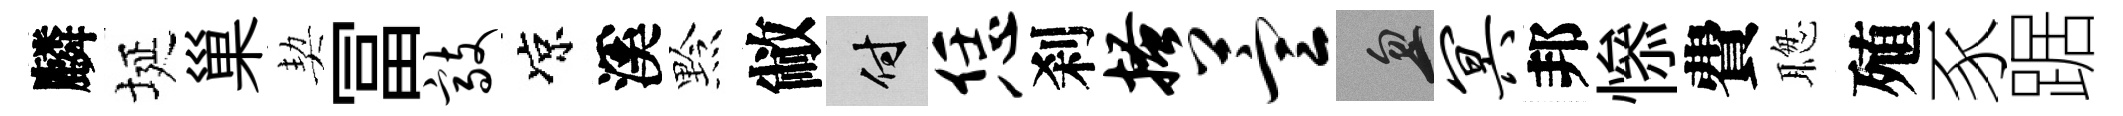
麟埏巢契冨敲凉溪黔敝付恁刹搔萱忽冥邦𢡖費聦殖豕踞